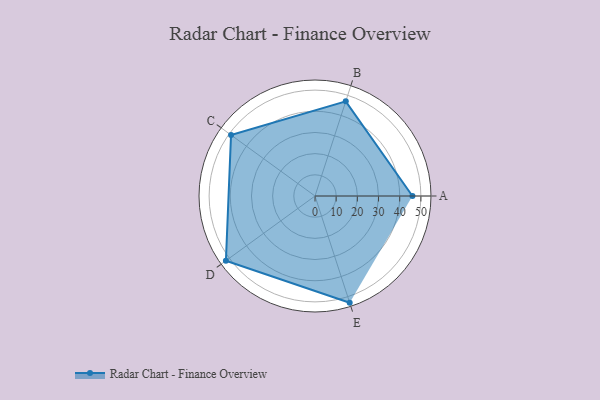
{"axis": {"x": "Skill", "y": "Score"}, "legend": ["Profile"], "data": [{"x": "A", "y": 46.0, "type": "Profile"}, {"x": "B", "y": 47.0, "type": "Profile"}, {"x": "C", "y": 49.0, "type": "Profile"}, {"x": "D", "y": 52.0, "type": "Profile"}, {"x": "E", "y": 53.0, "type": "Profile"}]}